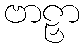
ဗာဠှာ